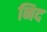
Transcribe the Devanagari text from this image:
निद